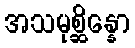
အသမုစ္ဆိန္နော